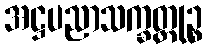
အဋ္ဌပညာသက္ခတ္တုဉ္စ